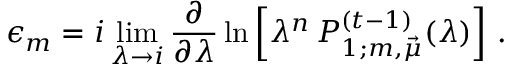
\epsilon _ { m } = i \operatorname * { l i m } _ { \lambda \rightarrow i } \frac { \partial } { \partial \lambda } \ln \left[ \lambda ^ { n } \, P _ { 1 ; m , \vec { \mu } } ^ { ( t - 1 ) } ( \lambda ) \right] \, .